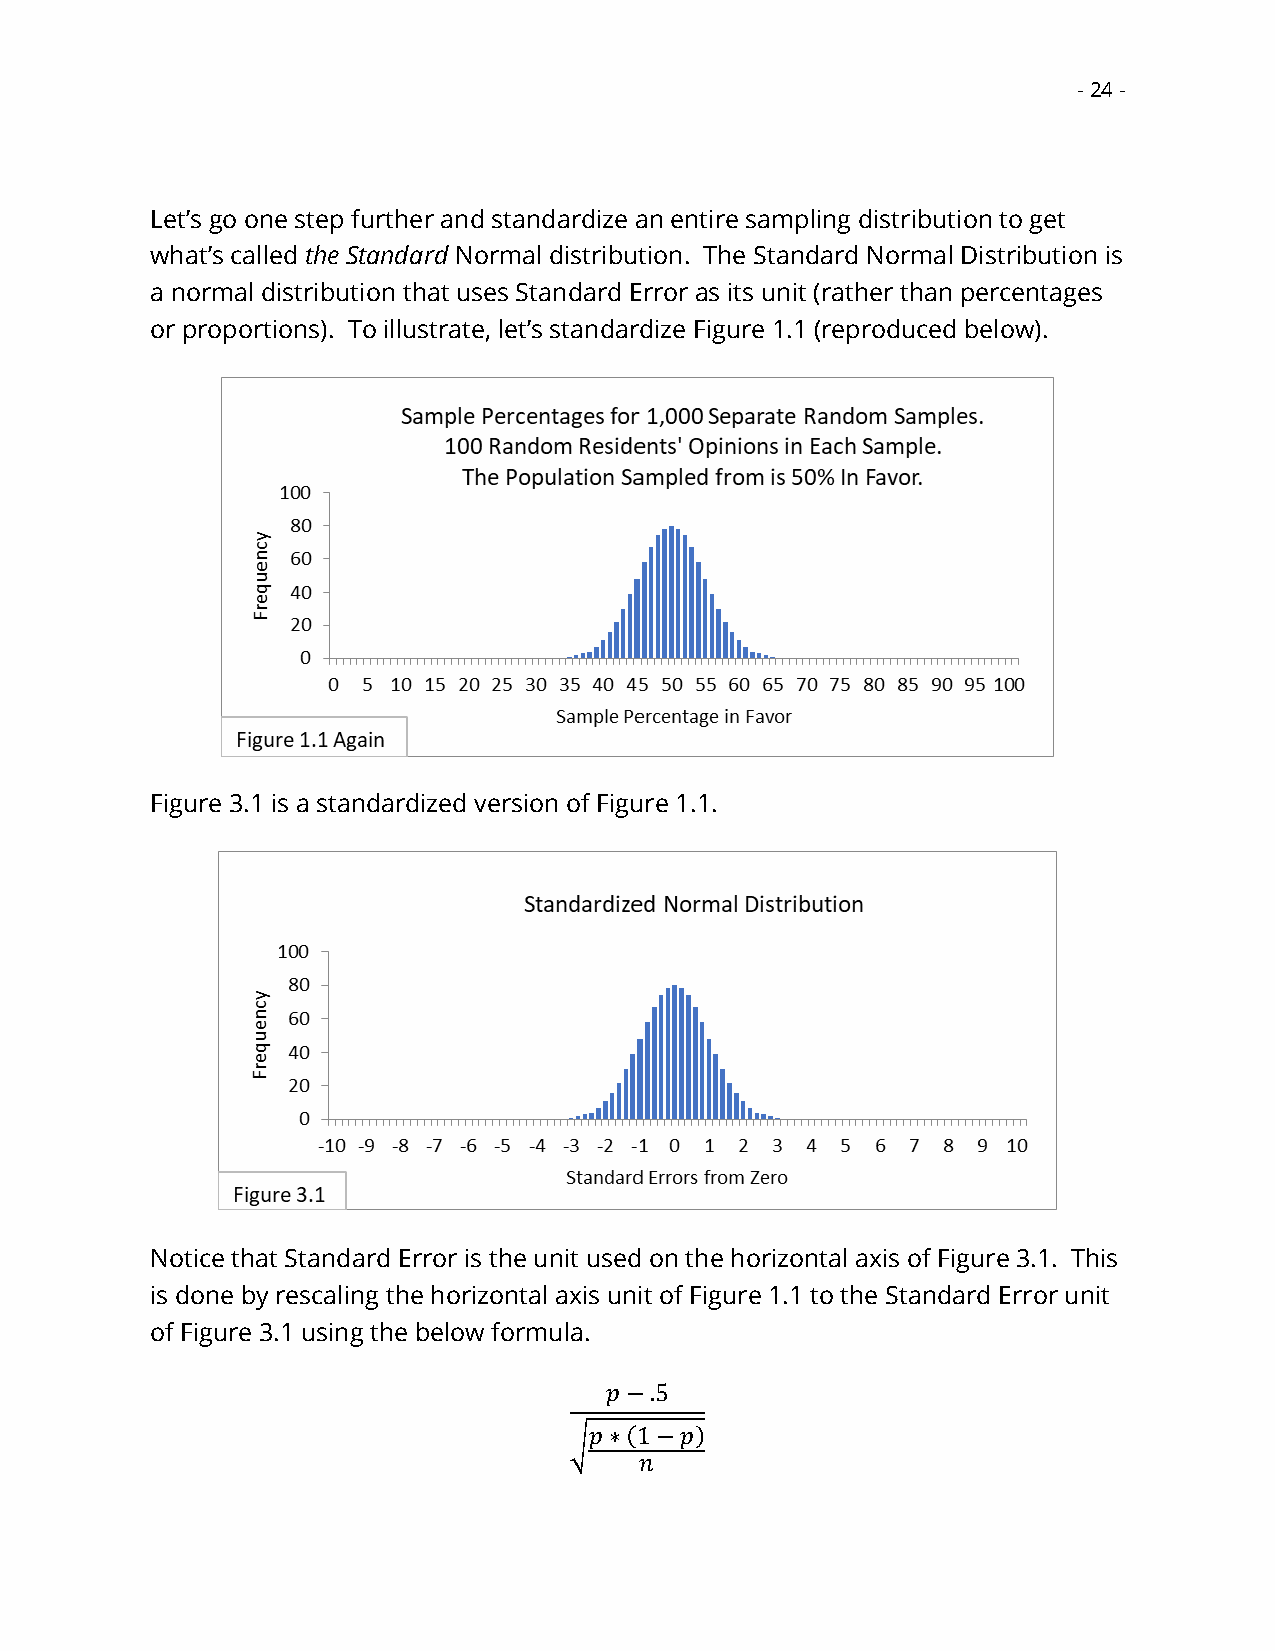
- 24 -
 Let’s go one step further and standardize an entire sampling distribution to get
 what’s called the Standard Normal distribution. The Standard Normal Distribution is
 a normal distribution that uses Standard Error as its unit (rather than percentages
 or proportions). To illustrate, let’s standardize Figure 1.1 (reproduced below).
 Figure 3.1 is a standardized version of Figure 1.1.
 Notice that Standard Error is the unit used on the horizontal axis of Figure 3.1. This
 is done by rescaling the horizontal axis unit of Figure 1.1 to the Standard Error unit
 of Figure 3.1 using the below formula.
 𝑝−.5
 𝑝∗(1−𝑝)
 √
 𝑛